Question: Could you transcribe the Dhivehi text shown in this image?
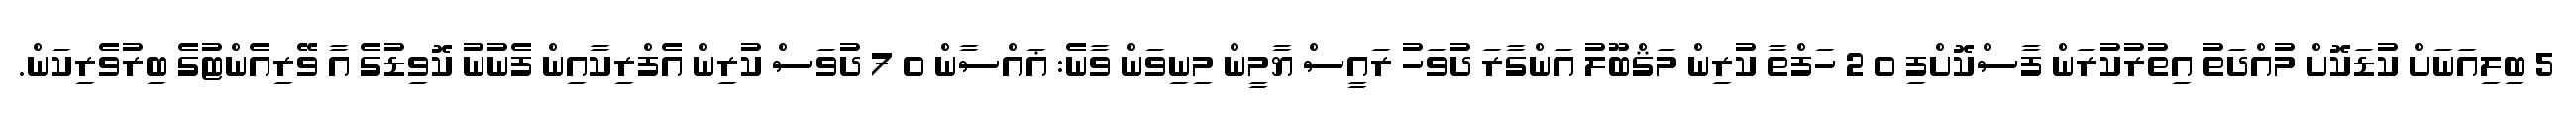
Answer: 5 ބިލިއަނަށް ކުޑަކޮށް މުއްދަތު އިތުރުކުރަން ފާސްކޮށްފި 0 2 ހަފްތާ ކުރިން މަޤްބޫލު އަންގާރަ ދުވަހު ރައީސް ޔާމީން މިނިވަން ވާނެ: ޣައްސާން 0 7 ދުވަސް ކުރިން އެފްރިކާއިން ފެނުނު ކޮވިޑުގެ އާ ވޭރިއެންޓުގެ ބިރުވެރިކަން.